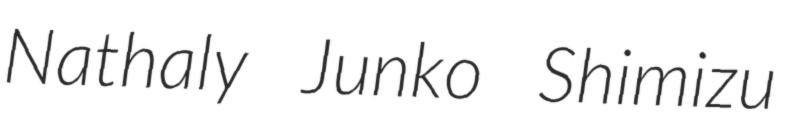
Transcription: Nathaly Junko Shimizu